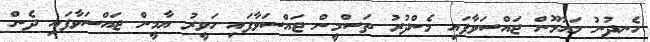
ހެނދުނު މައުމޫން ޖައްސަވާފައި މެންދުރު ތަސްމީން ޖައްސަވާފައި ހަވީރު ޔާމީން ޖައްސަވާފައި ދެން